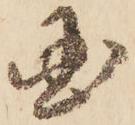
国